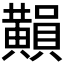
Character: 𪏚